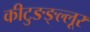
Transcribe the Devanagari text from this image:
कीटुङङ्ल्लूर